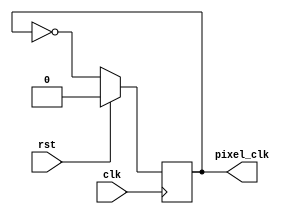
`timescale 1ns / 1ps
//////////////////////////////////////////////////////////////////////////////////
// Company: 
// Engineer: 
// 
// Design Name: 
// Module Name:    dividertest 
// Project Name: 
// Target Devices: 
// Tool versions: 
// Description: 
//
// Dependencies: 
//
// Revision: 
// Revision 0.01 - File Created
// Additional Comments: 
//
//////////////////////////////////////////////////////////////////////////////////
module dividertest(
    input clk,
    input rst,
    output reg pixel_clk
    );
//mod2 divider
always @ (posedge clk)
if (rst)
	pixel_clk <= 1'b0;
else
	pixel_clk <= ~pixel_clk;

endmodule